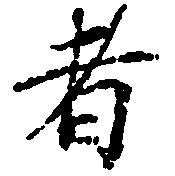
者